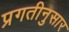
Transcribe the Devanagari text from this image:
प्रगतीनुसार